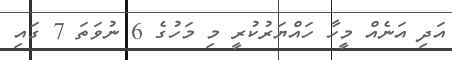
އަދި އަނެއް މީހާ ހައްޔަރުކުރީ މި މަހުގެ 6 ނުވަތަ 7 ގައި